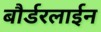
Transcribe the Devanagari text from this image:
बौर्डरलाईन